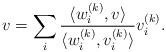
LaTeX: \begin{align*}v = \sum_{i} \frac{\langle w_{i}^{(k)}, v\rangle}{\langle w_{i}^{(k)}, v_{i}^{(k)}\rangle} v_{i}^{(k)}.\end{align*}